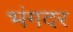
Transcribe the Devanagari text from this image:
भंगदर